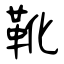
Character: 靴